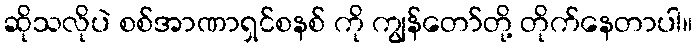
ဆိုသလိုပဲ စစ်အာဏာရှင်စနစ် ကို ကျွန်တော်တို့ တိုက်နေတာပါ။